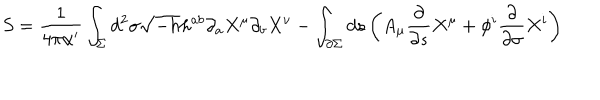
S = \frac { 1 } { 4 \pi \alpha ^ { \prime } } \int _ { \Sigma } d ^ { 2 } \sigma \sqrt { - h } h ^ { a b } \partial _ { a } X ^ { \mu } \partial _ { b } X ^ { \nu } - \int _ { \partial \Sigma } d s \left( A _ { \mu } \frac { \partial } { \partial s } X ^ { \mu } + \phi ^ { i } \frac { \partial } { \partial \sigma } X ^ { i } \right)